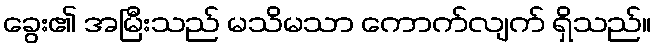
ခွေး၏ အမြီးသည် မသိမသာ ကောက်လျက် ရှိသည်။